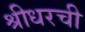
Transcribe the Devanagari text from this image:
श्रीधरची